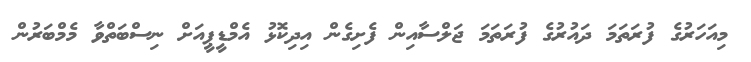
މިއަހަރުގެ ފުރަތަމަ ދައުރުގެ ފުރަތަމަ ޖަލްސާއިން ފެށިގެން އިދިކޮޅު އެމްޑީޕީއަށް ނިސްބަތްވާ މެމްބަރުން